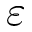
\varepsilon